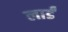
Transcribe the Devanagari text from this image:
लार्डं